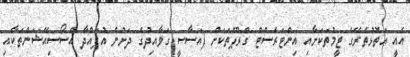
އެއީ އަތޮޅުތެރޭގެ ޓީމުތަކަށާއި އިންޓަރެސްޓް ގްރޫޕްތަކަށް (އަސާސީ ގަވާއިދުގެ ދަށުން އުފައްދާ އެސޯސިއޭޝަންތަކާއި